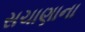
સચાણાના